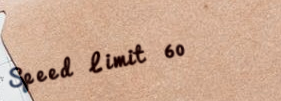
Speed Limit 60